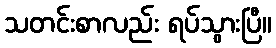
သတင်းစာလည်း ရပ်သွားပြီ။